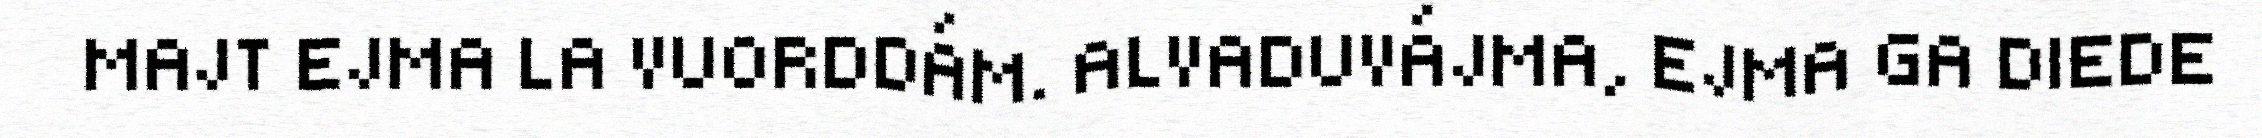
MAJT EJMA LA VUORDDÁM. ALVADUVÁJMA, EJMA GA DIEDE